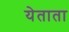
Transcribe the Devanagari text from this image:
येताता